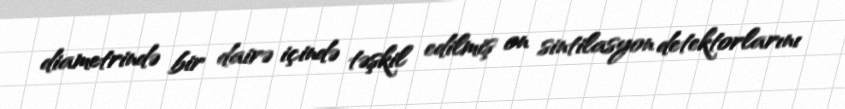
diametrində bir dairə içində təşkil edilmiş on sintilasyon detektorlarını